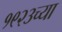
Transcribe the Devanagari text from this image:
१९२३च्या